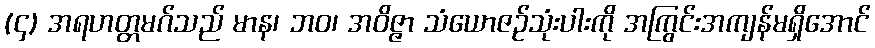
(၄) အရဟတ္တမဂ်သည် မာန၊ ဘဝ၊ အဝိဇ္ဇာ သံယောဇဉ်သုံးပါးကို အကြွင်းအကျန်မရှိအောင်